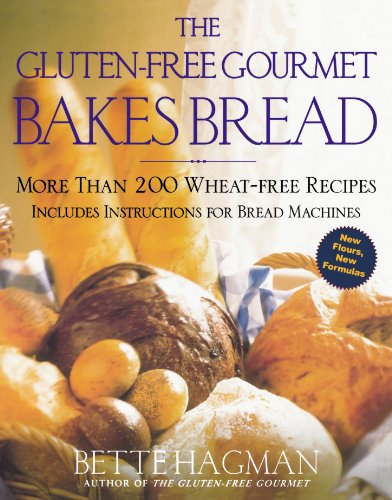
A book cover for The Gluten-Free Gourmet Bakes Bread: More Than 200 Wheat-Free Recipes; Bette Hagman; Cookbooks, Food & Wine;